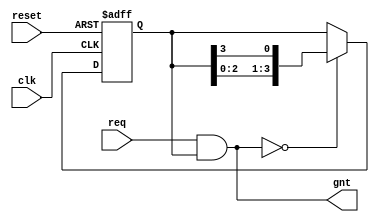
// -----------------------------------------------------------------------------
// Copyright  2017 Yauheni Lychkouski. All Rights Reserved
//
// Unauthorized copying of this file, via any medium is strictly prohibited
// Proprietary and confidential
// -----------------------------------------------------------------------------
// Description: Simple round-robin arbiter
// -----------------------------------------------------------------------------

module arb_rr #(parameter PORTS_NUM = 4)
(
    input reset,
    input clk,

    input  [PORTS_NUM-1:0] req,
    output [PORTS_NUM-1:0] gnt
);

    reg [PORTS_NUM-1:0] rr_cnt;

    always @(posedge clk or posedge reset) begin
        if (reset) begin
            rr_cnt <= 1;
        end
        else begin
            if (gnt == 0) begin
                rr_cnt <= {rr_cnt[PORTS_NUM-2:0], rr_cnt[PORTS_NUM-1]};
            end
        end
    end

    assign gnt = req & rr_cnt;
endmodule